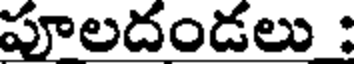
పూలదండలు :